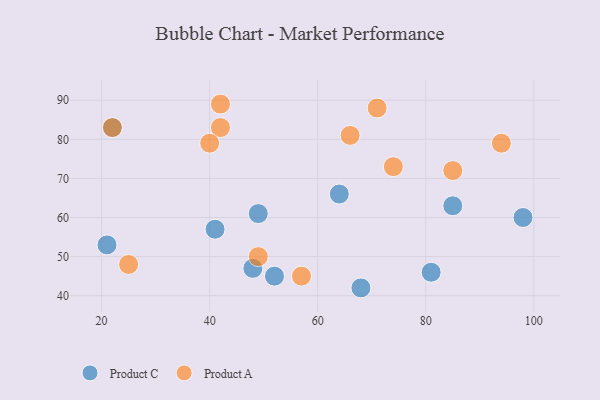
{"axis": {"x": "GDP", "y": "Life Expectancy"}, "legend": ["Product A", "Product C"], "data": [{"x": "64", "y": 66, "type": "Product C"}, {"x": "85", "y": 63, "type": "Product C"}, {"x": "22", "y": 83, "type": "Product C"}, {"x": "52", "y": 45, "type": "Product C"}, {"x": "68", "y": 42, "type": "Product C"}, {"x": "98", "y": 60, "type": "Product C"}, {"x": "81", "y": 46, "type": "Product C"}, {"x": "49", "y": 61, "type": "Product C"}, {"x": "41", "y": 57, "type": "Product C"}, {"x": "48", "y": 47, "type": "Product C"}, {"x": "21", "y": 53, "type": "Product C"}, {"x": "66", "y": 81, "type": "Product A"}, {"x": "42", "y": 83, "type": "Product A"}, {"x": "85", "y": 72, "type": "Product A"}, {"x": "71", "y": 88, "type": "Product A"}, {"x": "49", "y": 50, "type": "Product A"}, {"x": "74", "y": 73, "type": "Product A"}, {"x": "94", "y": 79, "type": "Product A"}, {"x": "42", "y": 89, "type": "Product A"}, {"x": "57", "y": 45, "type": "Product A"}, {"x": "25", "y": 48, "type": "Product A"}, {"x": "40", "y": 79, "type": "Product A"}, {"x": "22", "y": 83, "type": "Product A"}]}